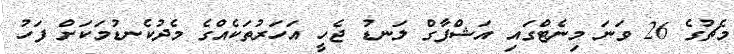
މެޗުގެ 26 ވަނަ މިނެޓްގައި އަޝްފާގް ލަނޑު ޖެހީ އަހަރުތަކެއްގެ މެދުކެނޑުމަކަށް ފަހު